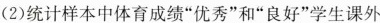
(2)统计样本中体育成绩”优秀”和”良好”学生课外